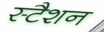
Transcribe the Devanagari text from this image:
स्टैशन